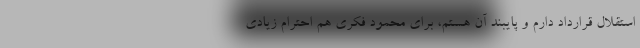
استقلال قرارداد دارم و پایبند آن هستم، برای محمود فکری هم احترام زیادی